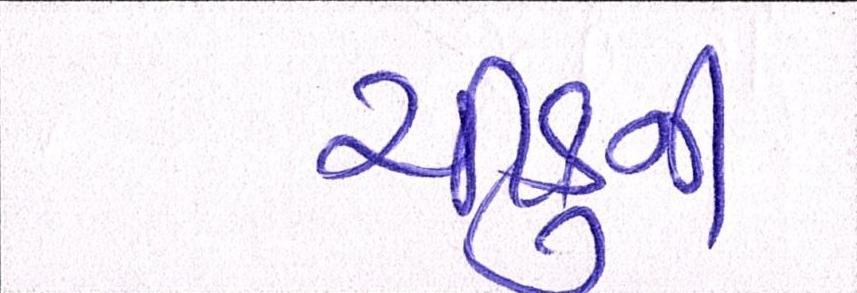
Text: ચીકુની